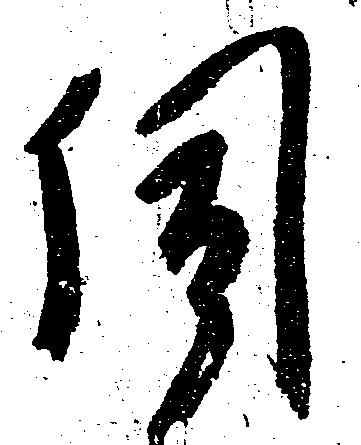
伺